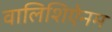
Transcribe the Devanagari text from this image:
वालिशिऐनम